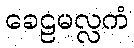
ခေဠမလ္လကံ